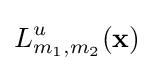
L_{m_{1},m_{2}}^{u}(\mathbf {x} )